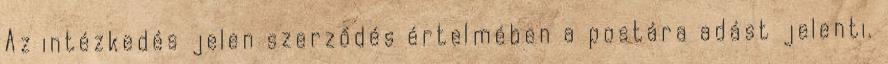
Az intézkedés jelen szerződés értelmében a postára adást jelenti.